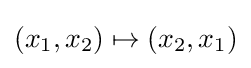
(x_{1},x_{2})\mapsto (x_{2},x_{1})